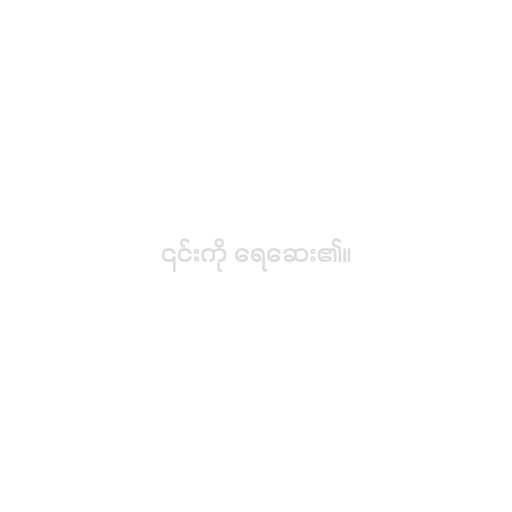
၎င်းကို ရေဆေး၏။